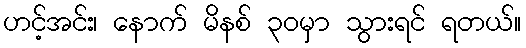
ဟင့်အင်း၊ နောက် မိနစ် ၃၀မှာ သွားရင် ရတယ်။